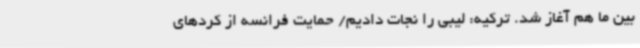
بین ما هم آغاز شد. ترکیه: لیبی را نجات دادیم/ حمایت فرانسه از کردهای